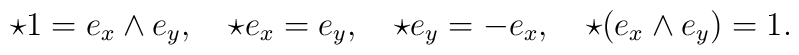
\star1=e_x\wedge e_y,\quad \star e_x=e_y,\quad \star e_y=-e_x,\quad\star(e_x\wedge e_y)=1.